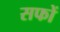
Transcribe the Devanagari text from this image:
सफों